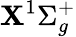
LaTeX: \mathbf{X}^{1}\Sigma_{g}^{+}